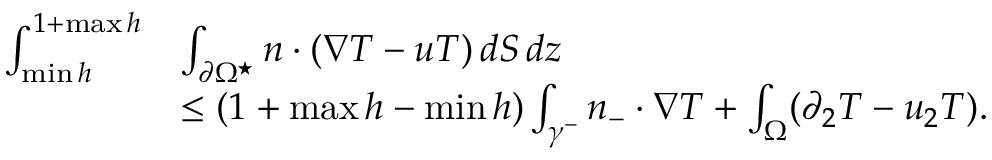
\begin{array} { r l } { \int _ { \operatorname* { m i n } h } ^ { 1 + \operatorname* { m a x } h } } & { \int _ { \partial \Omega ^ { \star } } n \cdot ( \nabla T - u T ) \, d S \, d z } \\ & { \leq ( 1 + \operatorname* { m a x } h - \operatorname* { m i n } h ) \int _ { \gamma ^ { - } } n _ { - } \cdot \nabla T + \int _ { \Omega } ( \partial _ { 2 } T - u _ { 2 } T ) . } \end{array}